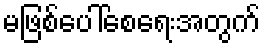
မဖြစ်ပေါ်စေရေးအတွက်